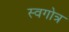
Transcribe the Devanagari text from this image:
स्वगोत्र